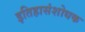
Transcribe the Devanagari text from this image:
इतिहासंशोधक